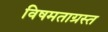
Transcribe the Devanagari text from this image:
विषमताग्रस्त